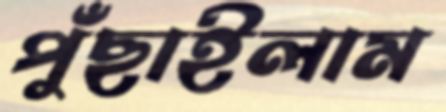
পুঁছাইলাম